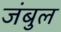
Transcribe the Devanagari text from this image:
जंबुल